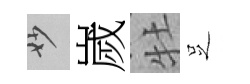
妙嵗牡𠯁